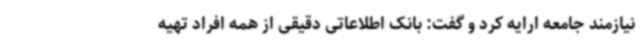
نیازمند جامعه ارایه کرد و گفت: بانک اطلاعاتی دقیقی از همه افراد تهیه